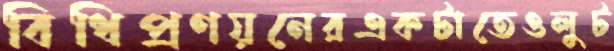
বিধিপ্রণয়নেরএকটাতেওলুট